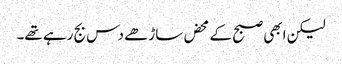
لیکن ابھی صبح کے محض ساڑھے دس بج رہے تھے۔